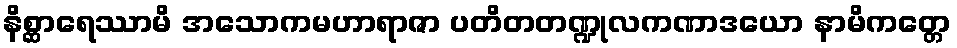
နိစ္ဆာရေဿာမိ အသောကမဟာရာဇာ ပတိတတဏ္ဍုလကဏာဒယော နာမိကတ္တေ